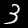
Digit: 3